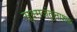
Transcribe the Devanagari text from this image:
सूक्ष्मजंतुनाशक